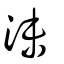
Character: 沬